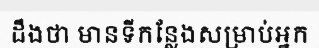
ដឹងថា មានទីកន្លែងសម្រាប់អ្នក